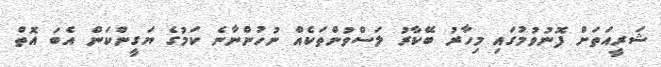
ޝަރީއަތަށް ފޮނުވުމުގައި މިހާރު ބޭކާރު ލަސްވުންތަކެއް ނުހުންނާނެ ކަމުގެ ޔަގީންކަން އެބަ އޮތް